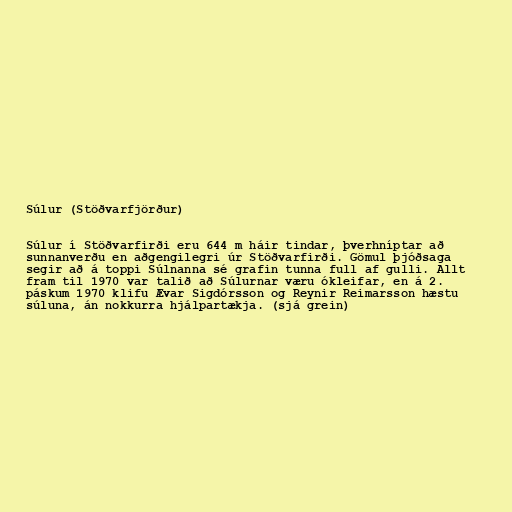
Súlur (Stöðvarfjörður)

Súlur í Stöðvarfirði eru 644 m háir tindar, þverhníptar að
sunnanverðu en aðgengilegri úr Stöðvarfirði. Gömul þjóðsaga
segir að á toppi Súlnanna sé grafin tunna full af gulli. Allt
fram til 1970 var talið að Súlurnar væru ókleifar, en á 2.
páskum 1970 klifu Ævar Sigdórsson og Reynir Reimarsson hæstu
súluna, án nokkurra hjálpartækja. (sjá grein)